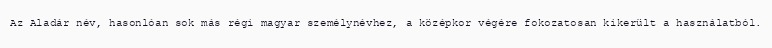
Az Aladár név, hasonlóan sok más régi magyar személynévhez, a középkor végére fokozatosan kikerült a használatból.